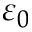
\varepsilon _ { 0 }